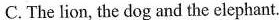
C.The lion, the dog and the elephant.